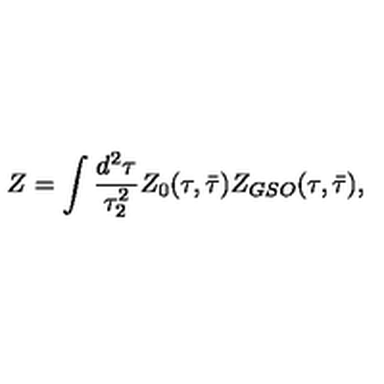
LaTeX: Z = \int \frac { d ^ { 2 } \tau } { \tau _ { 2 } ^ { 2 } } Z _ { 0 } ( \tau , \bar { \tau } ) Z _ { G S O } ( \tau , \bar { \tau } ) ,